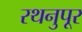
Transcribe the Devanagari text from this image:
रथनुपूर